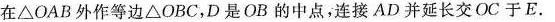
在△OAB外作等边△OBC，D是OB的中点，连接AD并延长交OC于E。